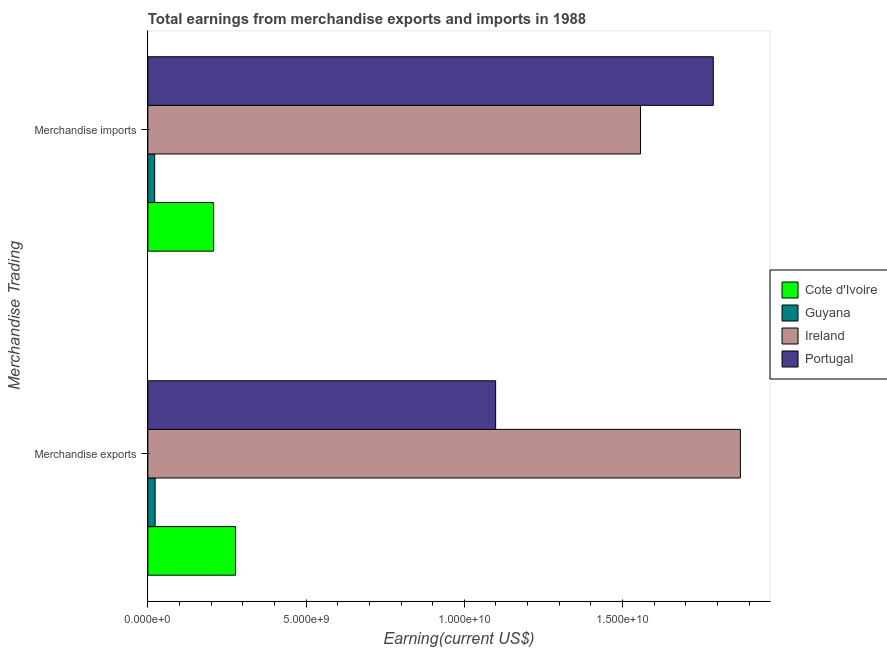
| Merchandise Trading | Cote d'Ivoire | Guyana | Ireland | Portugal |
 | --- | --- | --- | --- | --- |
 | Merchandise exports | 2.77e+09 | 2.3e+08 | 1.87e+10 | 1.1e+10 |
 | Merchandise imports | 2.08e+09 | 2.16e+08 | 1.56e+10 | 1.79e+10 |